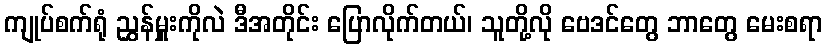
ကျုပ်စက်ရုံ ညွှန်မှူးကိုလဲ ဒီအတိုင်း ပြောလိုက်တယ်၊ သူတို့လို ဗေဒင်တွေ ဘာတွေ မေးစရာ